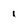
Character: I